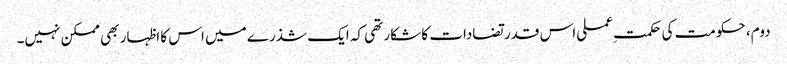
دوم، حکومت کی حکمت ِعملی اس قدر تضادات کا شکار تھی کہ ایک شذرے میں اس کا اظہار بھی ممکن نہیں۔